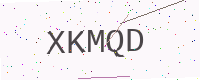
Text: XKMQD